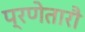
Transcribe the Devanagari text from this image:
प्रणेतारौ